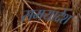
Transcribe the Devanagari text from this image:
समयादेश